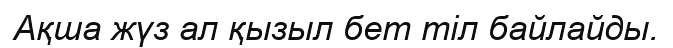
Ақша жүз ал қызыл бет тіл байлайды.